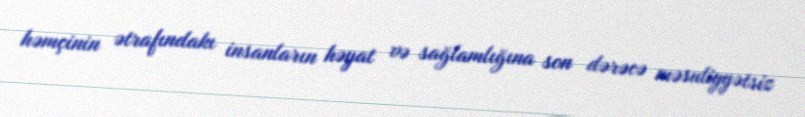
həmçinin ətrafındakı insanların həyat və sağlamlığına son dərəcə məsuliyyətsiz